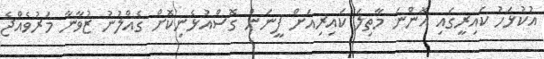
އުކުޅަހު ކައިރީގައި އޮންނަ މާތިލަ ކައިރިއަށް ފީނަން ގޮސްއުޅެނިކޮށް ގެއްލުނު ޒުވާނާ މަރުވެއްޖެ